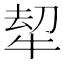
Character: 𭷠